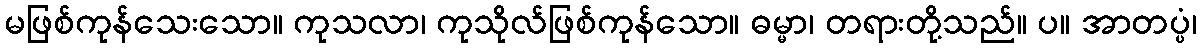
မဖြစ်ကုန်သေးသော။ ကုသလာ၊ ကုသိုလ်ဖြစ်ကုန်သော။ ဓမ္မာ၊ တရားတို့သည်။ ပ။ အာတပ္ပံ၊